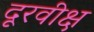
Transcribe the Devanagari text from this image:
दूरवीक्ष